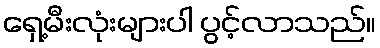
ရှေ့မီးလုံးများပါ ပွင့်လာသည်။